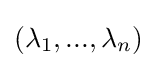
(\lambda _{1},...,\lambda _{n})